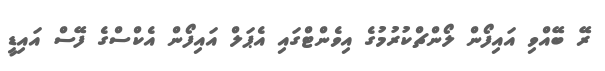
ރޭ ބޭއްވި އައިފޯން ލޯންޗްކުރުމުގެ އިވެންޓްގައި އެޕަލް އައިފޯން އެކްސްގެ ފޭސް އައިޑީ